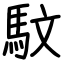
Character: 馼